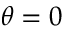
\theta = 0